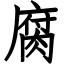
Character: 腐